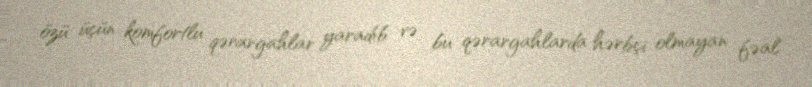
özü üçün komfortlu qərargahlar yaradıb və bu qərargahlarda hərbçi olmayan fəal